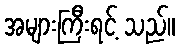
အများကြီးရင့် သည်။